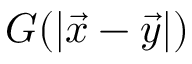
G ( | \vec { x } - \vec { y } | )